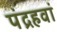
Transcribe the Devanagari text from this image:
पंद्रहवां